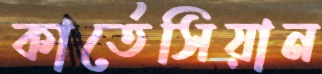
কার্তেসিয়ান